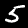
Label: 5